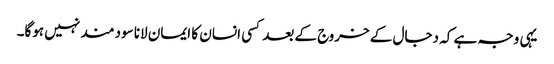
یہی وجہ ہے کہ دجال کے خروج کے بعد کسی انسان کا ایمان لانا سودمند نہیں ہوگا۔